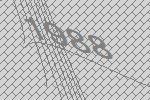
1988